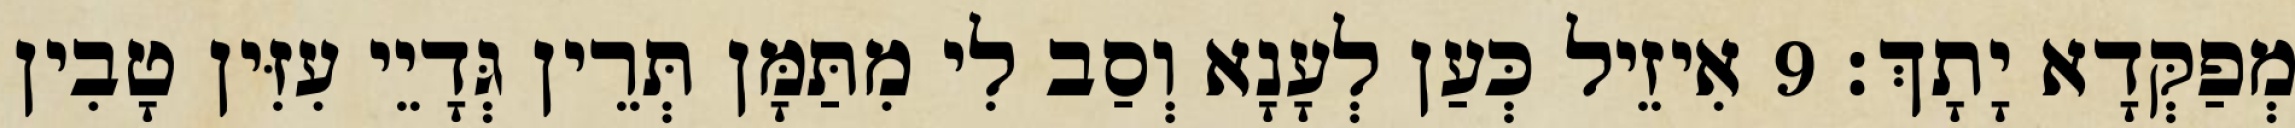
מְפַקְּדָא יָתָךְ׃ 9 אִיזֵיל כְּעַן לְעָנָא וְסַב לִי מִתַּמָּן תְּרֵין גְּדָיֵי עִזִּין טָבִין